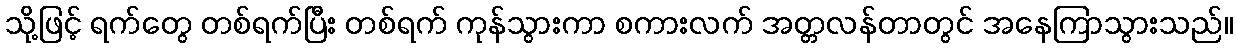
သို့ဖြင့် ရက်တွေ တစ်ရက်ပြီး တစ်ရက် ကုန်သွားကာ စကားလက် အတ္တလန်တာတွင် အနေကြာသွားသည်။